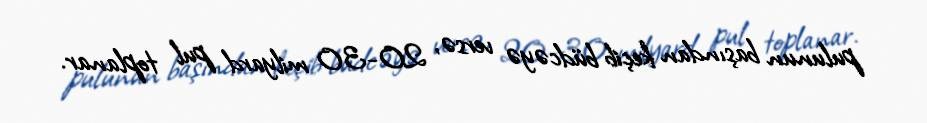
pulunun başından keçib büdcəyə versə, 20-30 milyard pul toplanar.